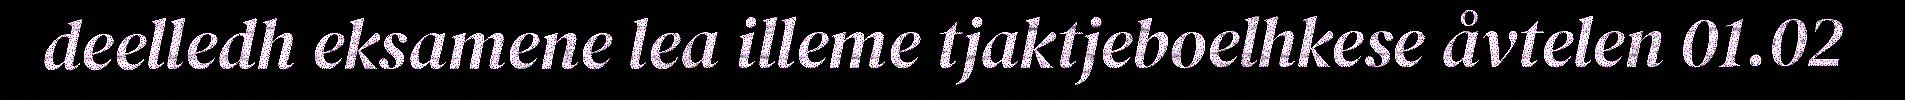
deelledh eksamene lea illeme tjaktjeboelhkese åvtelen 01.02